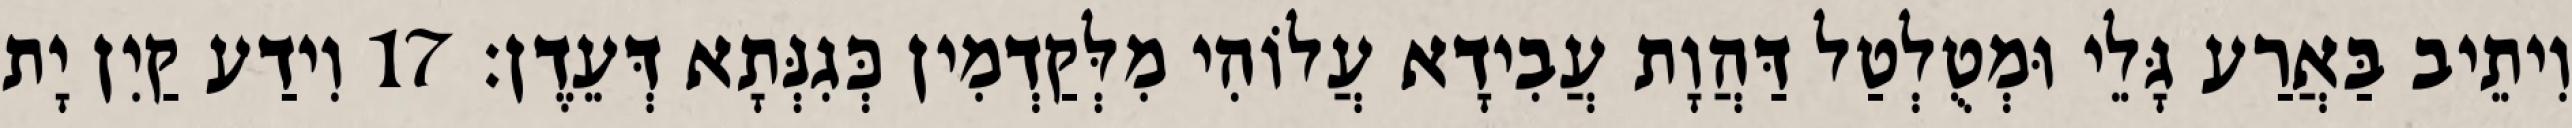
וִיתֵיב בַּאֲרַע גָּלֵי וּמְטֻלְטַל דַּהֲוָת עֲבִידָא עֲלוֹהִי מִלְּקַדְמִין כְּגִנְּתָא דְּעֵדֶן׃ 17 וִידַע קַיִן יָת